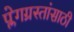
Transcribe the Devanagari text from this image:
प्लेगग्रस्तांसाठी